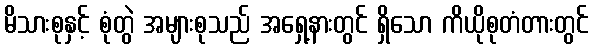
မိသားစုနှင့် စုံတွဲ အများစုသည် အရှေ့နားတွင် ရှိသော ကိယိုစုတံတားတွင်